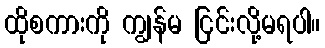
ထိုစကားကို ကျွန်မ ငြင်းလို့မရပါ။